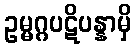
ဥမ္မဂ္ဂပဋိပန္နာမှိ